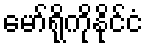
မော်ရိုကိုနိုင်ငံ